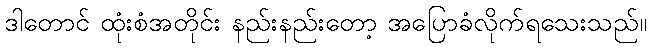
ဒါတောင် ထုံးစံအတိုင်း နည်းနည်းတော့ အပြောခံလိုက်ရသေးသည်။